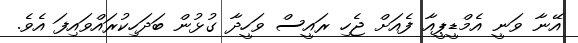
އޭނާ ވަނީ އެމްޑީޕީއާ ފެއަށް ޖެހި ރައީސް ވަހީދާ ގުޅުން ބަދަހިކުރައްވައިފަ އެވެ.